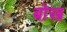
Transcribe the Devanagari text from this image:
बोख